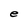
Character: e